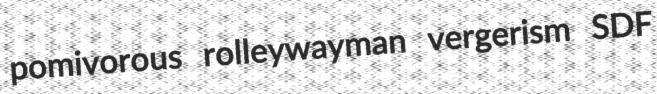
pomivorous rolleywayman vergerism SDF